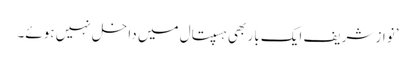
’نواز شریف ایک بار بھی ہسپتال میں داخل نہیں ہوئے۔